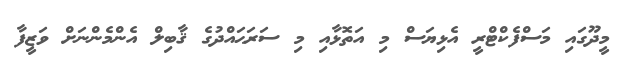
މީދޫގައި މަސްފެކްޓްރީ އެޅިޔަސް މި އަތޮޅާއި މި ސަރަޙައްދުގެ ޤާބިލް އެންމެންނަށް ވަޒީފާ